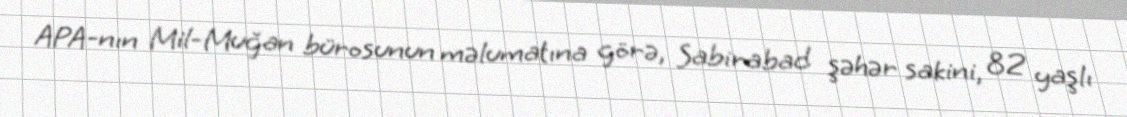
APA-nın Mil-Muğan bürosunun məlumatına görə, Sabirabad şəhər sakini, 82 yaşlı